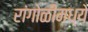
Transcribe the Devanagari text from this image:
रांगोळीमध्ये